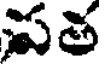
పత